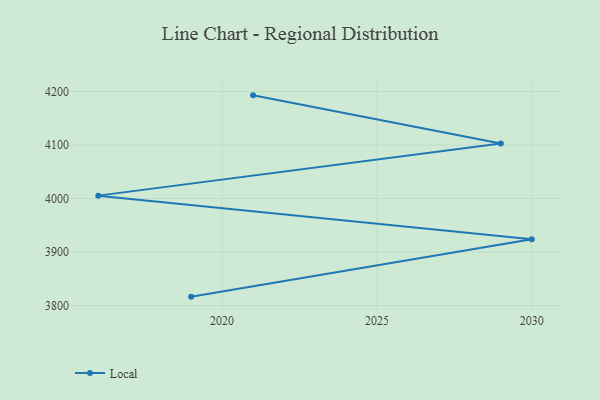
{"axis": {"x": "Year", "y": "Latency (ms)"}, "legend": ["Local"], "data": [{"x": "2021", "y": 4192.9, "type": "Local"}, {"x": "2029", "y": 4102.8, "type": "Local"}, {"x": "2016", "y": 4005.5, "type": "Local"}, {"x": "2030", "y": 3924.1, "type": "Local"}, {"x": "2019", "y": 3816.7, "type": "Local"}]}